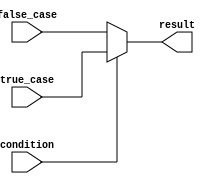
module ConditionalOperatorAssignment (
    input wire condition,     // Condition for evaluation
    input wire [7:0] true_case,  // Value for the true case
    input wire [7:0] false_case, // Value for the false case
    output reg [7:0] result   // Output variable
);

    // Behavioral modeling using the conditional operator
    always @(*) begin
        result = (condition) ? true_case : false_case; // Conditional assignment
    end

endmodule